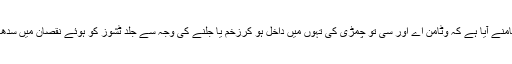
کچھ تحقیقوں سے یہ بھی سامنے آیا ہے کہ وٹامن اے اور سی تو چمڑی کی تہوں میں داخل ہو کرزخم یا جلنے کی وجہ سے جلد ٹشوز کو ہوئے نقصان میں سدھار لانے میں مددکرتے ہیں۔